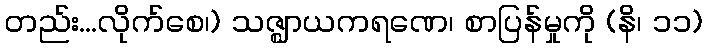
တည်း...လိုက်စေ၊) သဇ္ဈာယကရဏေ၊ စာပြန်မှုကို (နိ၊ ၁၁)